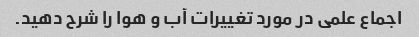
اجماع علمی در مورد تغییرات آب و هوا را شرح دهید.